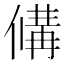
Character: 𬿗